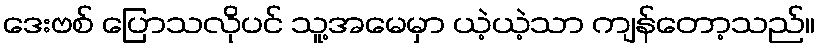
ဒေးဗစ် ပြောသလိုပင် သူ့အမေမှာ ယဲ့ယဲ့သာ ကျန်တော့သည်။